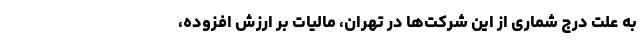
به علت درج شماری از این شرکت‌ها در تهران، مالیات بر ارزش افزوده،